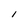
Character: I